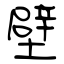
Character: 壁